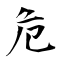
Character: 危